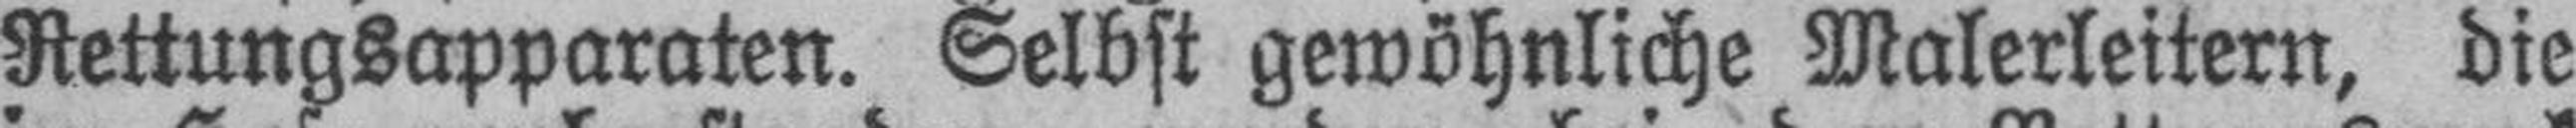
Rettungsapparaten. Selbst gewöhnliche Malerleitern, die